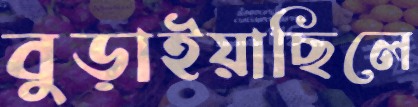
বুড়াইয়াছিলে